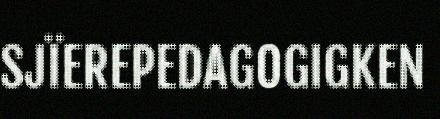
SJÏEREPEDAGOGIGKEN